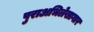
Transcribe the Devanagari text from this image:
पुराअभिलेखागार